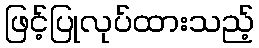
ဖြင့်ပြုလုပ်ထားသည့်